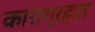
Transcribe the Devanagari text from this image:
काराग्रहात